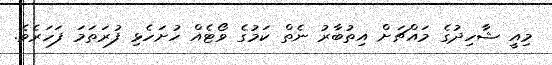
މިއީ ޝާހިދުގެ މައްޗަށް އިތުބާރު ނެތް ކަމުގެ ވޯޓެއް ހުށަހެޅި ފުރަތަމަ ފަހަރެވެ.